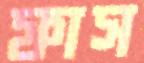
ফাস